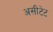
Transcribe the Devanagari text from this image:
असीटेट